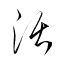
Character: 活